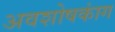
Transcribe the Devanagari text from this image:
अवशोषकांग